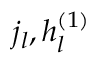
j _ { l } , h _ { l } ^ { ( 1 ) }